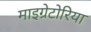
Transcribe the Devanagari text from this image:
माइग्रेटोरिया